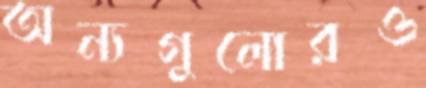
অন্যগুলোরও